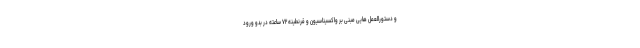
و دستورالعمل هایی مبنی بر واکسیناسیون و قرنطینه ۷۲ ساعته در بدو ورود